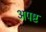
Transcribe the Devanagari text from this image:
अपष्ट